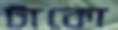
টাকো